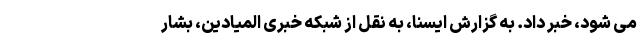
می­ شود، خبر داد. به گزارش ایسنا، به نقل از شبکه خبری المیادین، بشار